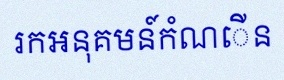
រកអនុគមន៍កំណើន